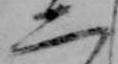
二